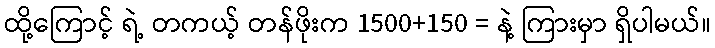
ထို့ကြောင့် ရဲ့ တကယ့် တန်ဖိုးက 1500+150 = နဲ့ ကြားမှာ ရှိပါမယ်။